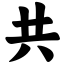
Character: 共